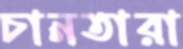
চানতারা